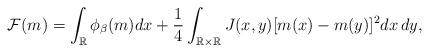
LaTeX: \begin{align*} \mathcal F(m)= \int_{\mathbb R} \phi_\beta(m) dx + \frac 14 \int_{\mathbb R\times \mathbb R} J(x,y)[m(x)-m(y)]^2dx\,dy, \end{align*}